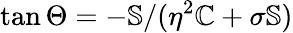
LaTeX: \tan\Theta=-\mathbb{S}/(\eta^{2}\mathbb{C}+\sigma\mathbb{S})